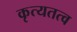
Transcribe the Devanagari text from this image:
कृत्यतत्व